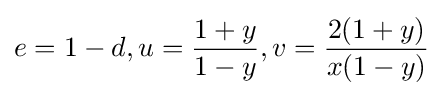
e=1-d,u={\frac {1+y}{1-y}},v={\frac {2(1+y)}{x(1-y)}}